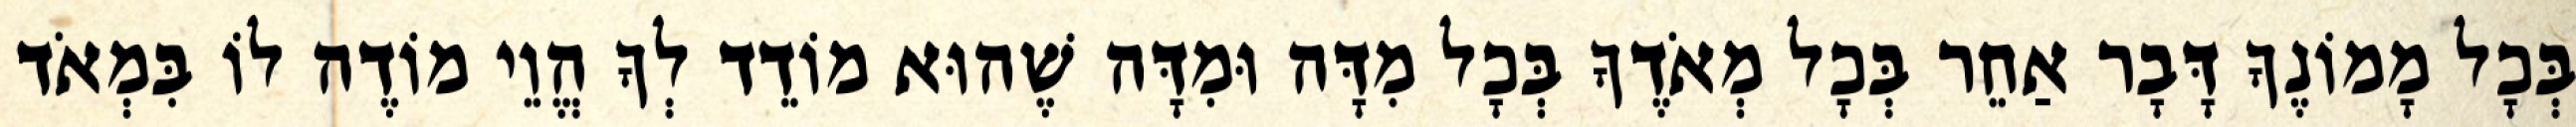
בְּכָל מָמוֹנֶךָ דָּבָר אַחֵר בְּכָל מְאֹדֶךָ בְּכָל מִדָּה וּמִדָּה שֶׁהוּא מוֹדֵד לְךָ הֱוֵי מוֹדֶה לוֹ בִּמְאֹד